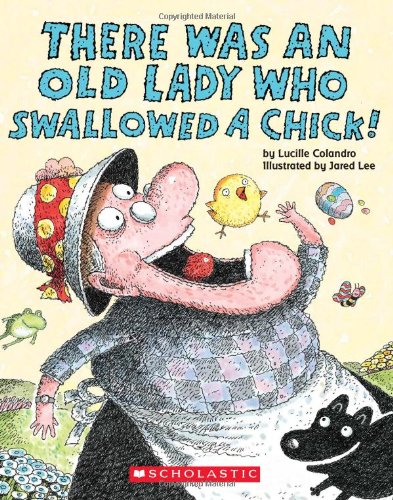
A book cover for There Was an Old Lady Who Swallowed a Chick!; Lucille Colandro; Children's Books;